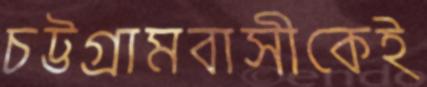
চট্টগ্রামবাসীকেই